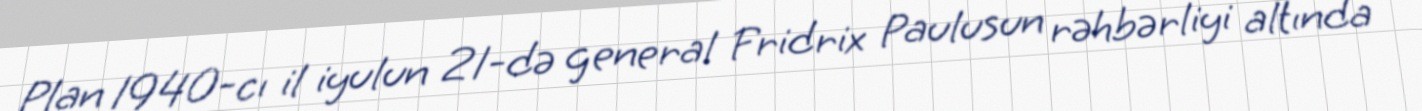
Plan 1940-cı il iyulun 21-də general Fridrix Paulusun rəhbərliyi altında